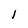
Character: l